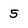
Character: 5